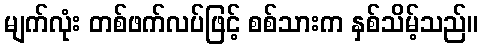
မျက်လုံး တစ်ဖက်လပ်ဖြင့် စစ်သားက နှစ်သိမ့်သည်။